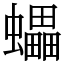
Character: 蠝